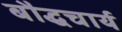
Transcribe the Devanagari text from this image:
बौद्धचार्य